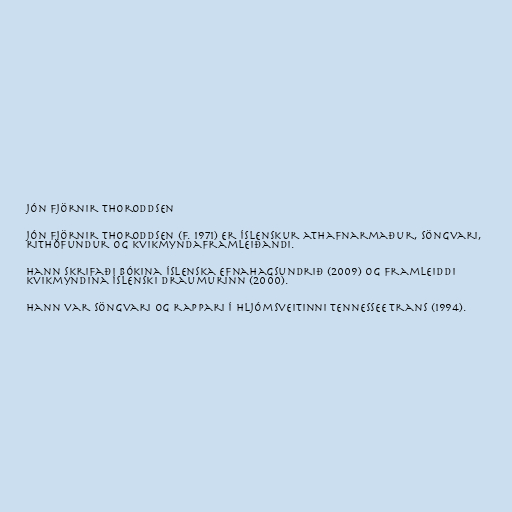
Jón Fjörnir Thoroddsen

Jón Fjörnir Thoroddsen (f. 1971) er íslenskur athafnarmaður, söngvari,
rithöfundur og kvikmyndaframleiðandi.

Hann skrifaði bókina Íslenska efnahagsundrið (2009) og framleiddi
kvikmyndina Íslenski draumurinn (2000).

Hann var söngvari og rappari í hljómsveitinni Tennessee Trans (1994).